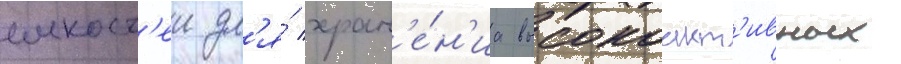
емкост'еи дл'я́ хран'е́н'иа высокоакт'ивных